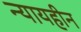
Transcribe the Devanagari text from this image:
न्यायहीन